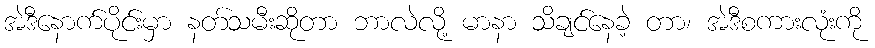
အဲဒီနောက်ပိုင်းမှာ နတ်သမီးဆိုတာ ဘာလဲလို့ မာနာ သိချင်နေခဲ့ တာ၊ အဲဒီစကားလုံးကို